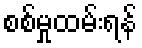
စစ်မှုထမ်းရန်